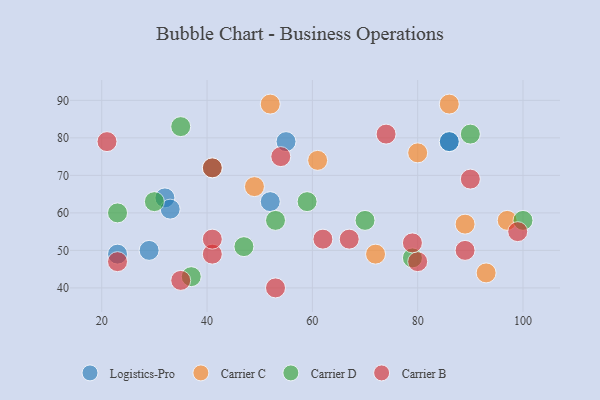
{"axis": {"x": "GDP", "y": "Life Expectancy"}, "legend": ["Carrier B", "Carrier C", "Carrier D", "Logistics-Pro"], "data": [{"x": "55", "y": 79, "type": "Logistics-Pro"}, {"x": "23", "y": 49, "type": "Logistics-Pro"}, {"x": "32", "y": 64, "type": "Logistics-Pro"}, {"x": "52", "y": 63, "type": "Logistics-Pro"}, {"x": "29", "y": 50, "type": "Logistics-Pro"}, {"x": "33", "y": 61, "type": "Logistics-Pro"}, {"x": "86", "y": 79, "type": "Logistics-Pro"}, {"x": "86", "y": 79, "type": "Logistics-Pro"}, {"x": "86", "y": 89, "type": "Carrier C"}, {"x": "80", "y": 76, "type": "Carrier C"}, {"x": "93", "y": 44, "type": "Carrier C"}, {"x": "72", "y": 49, "type": "Carrier C"}, {"x": "61", "y": 74, "type": "Carrier C"}, {"x": "89", "y": 57, "type": "Carrier C"}, {"x": "97", "y": 58, "type": "Carrier C"}, {"x": "52", "y": 89, "type": "Carrier C"}, {"x": "49", "y": 67, "type": "Carrier C"}, {"x": "53", "y": 58, "type": "Carrier D"}, {"x": "79", "y": 48, "type": "Carrier D"}, {"x": "100", "y": 58, "type": "Carrier D"}, {"x": "37", "y": 43, "type": "Carrier D"}, {"x": "70", "y": 58, "type": "Carrier D"}, {"x": "90", "y": 81, "type": "Carrier D"}, {"x": "47", "y": 51, "type": "Carrier D"}, {"x": "35", "y": 83, "type": "Carrier D"}, {"x": "59", "y": 63, "type": "Carrier D"}, {"x": "41", "y": 72, "type": "Carrier D"}, {"x": "23", "y": 60, "type": "Carrier D"}, {"x": "30", "y": 63, "type": "Carrier D"}, {"x": "23", "y": 47, "type": "Carrier B"}, {"x": "35", "y": 42, "type": "Carrier B"}, {"x": "80", "y": 47, "type": "Carrier B"}, {"x": "41", "y": 49, "type": "Carrier B"}, {"x": "54", "y": 75, "type": "Carrier B"}, {"x": "62", "y": 53, "type": "Carrier B"}, {"x": "79", "y": 52, "type": "Carrier B"}, {"x": "53", "y": 40, "type": "Carrier B"}, {"x": "41", "y": 72, "type": "Carrier B"}, {"x": "99", "y": 55, "type": "Carrier B"}, {"x": "74", "y": 81, "type": "Carrier B"}, {"x": "67", "y": 53, "type": "Carrier B"}, {"x": "41", "y": 53, "type": "Carrier B"}, {"x": "89", "y": 50, "type": "Carrier B"}, {"x": "90", "y": 69, "type": "Carrier B"}, {"x": "21", "y": 79, "type": "Carrier B"}]}